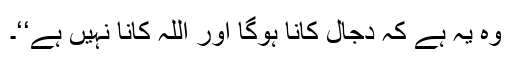
وہ یہ ہے کہ دجال کانا ہوگا اور اللہ کانا نہیں ہے‘‘۔